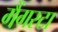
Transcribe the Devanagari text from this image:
गैंगस्टा